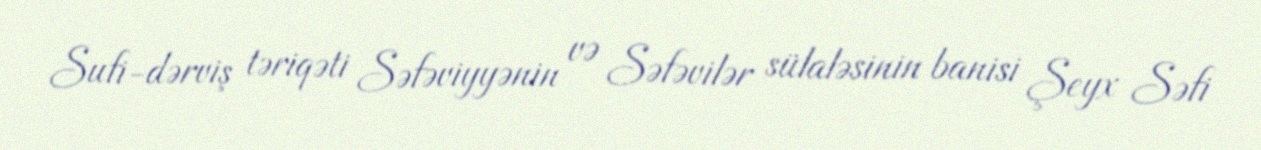
Sufi-dərviş təriqəti Səfəviyyənin və Səfəvilər sülaləsinin banisi Şeyx Səfi